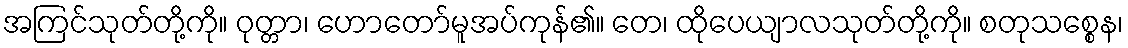
အကြင်သုတ်တို့ကို။ ဝုတ္တာ၊ ဟောတော်မူအပ်ကုန်၏။ တေ၊ ထိုပေယျာလသုတ်တို့ကို။ စတုသစ္စေန၊